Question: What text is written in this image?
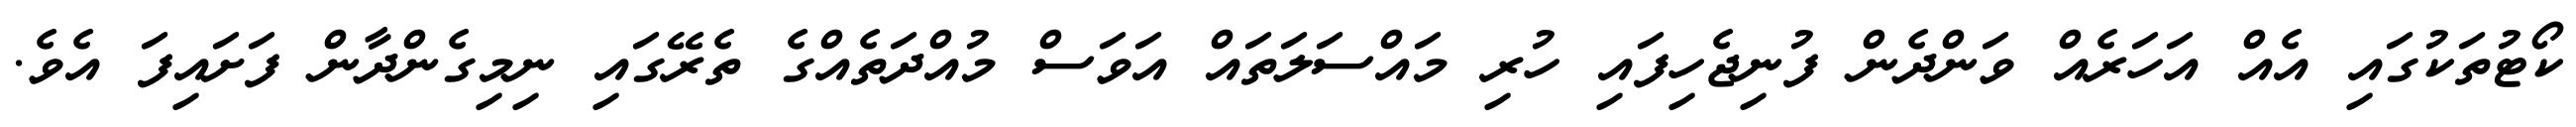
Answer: ކޯޓުތަކުގައި އެއް އަހަރެއް ވަންދެން ފުނިޖެހިފައި ހުރި މައްސަލަތައް އަވަސް މުއްދަތެއްގެ ތެރޭގައި ނިމިގެންދާން ފަށައިފަ އެވެ.